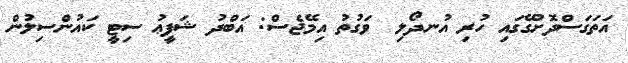
އަތަގަސްދޮށުގޭގައި ހުރި އުނދޯލި  ވަގުތު އިމޭޖެސް: އަބްދު ޝަފީޢު ސިޓީ ކައުންސިލުން